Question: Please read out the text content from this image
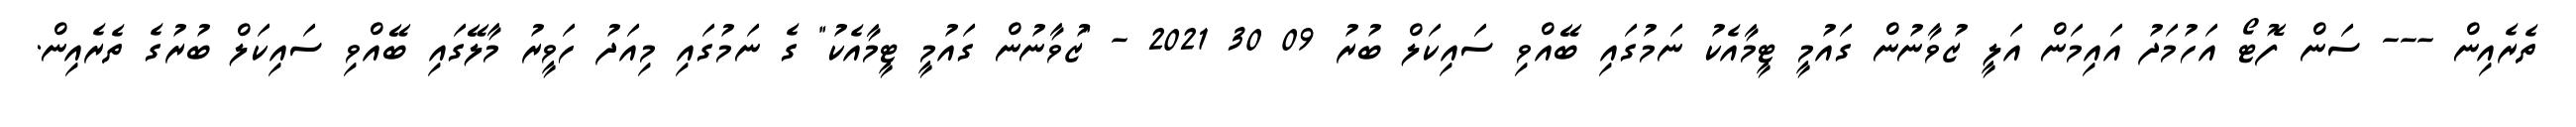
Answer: ތެރެއިން --- ސަން ފޮޓޯ އަހުމަދު އައިމަން އަލީ ޒުވާނުން ގައުމީ ޓީމާއެކު ނަމުގައި ބޭއްވި ސައިކަލް ބުރު 09 30 2021 - "ޒުވާނުން ގައުމީ ޓީމާއެކު" ގެ ނަމުގައި މިއަދު ހަވީރު މާލޭގައި ބޭއްވި ސައިކަލް ބުރުގެ ތެރެއިން.